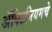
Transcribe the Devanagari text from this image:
ॲक्टिनियमचे